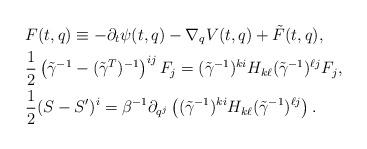
LaTeX: \begin{align*}&F(t,q)\equiv-\partial_t\psi(t,q)-\nabla_qV(t,q)+\tilde F(t,q),\\&\frac{1}{2}\left(\tilde\gamma^{-1}-(\tilde\gamma^T)^{-1}\right)^{ij}F_j= (\tilde\gamma^{-1})^{ki}H_{k\ell}(\tilde\gamma^{-1})^{\ell j}F_j,\\&\frac{1}{2}(S-S^\prime)^i=\beta^{-1}\partial_{q^j}\left((\tilde\gamma^{-1})^{ki}H_{k\ell}(\tilde\gamma^{-1})^{\ell j}\right).\end{align*}